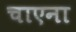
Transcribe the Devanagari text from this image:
चाएना